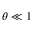
\theta \ll 1